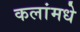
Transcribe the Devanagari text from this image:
कलांमधे